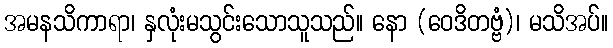
အမနသိကာရာ၊ နှလုံးမသွင်းသောသူသည်။ နော (ဝေဒိတဗ္ဗံ)၊ မသိအပ်။